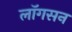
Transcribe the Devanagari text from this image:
लॉगसन